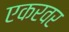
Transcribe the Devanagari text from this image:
एकरवर